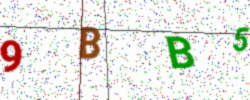
Text: 9BB5